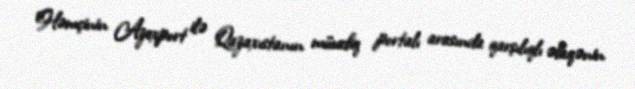
Həmçinin Azexport ilə Qazaxıstanın müvafiq portalı arasında qarşılıqlı əlaqənin